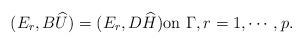
LaTeX: \begin{align*} (E_r, B\widehat {U})= (E_r, D\widehat H) \hbox{on } \Gamma, r=1,\cdots, p.\end{align*}